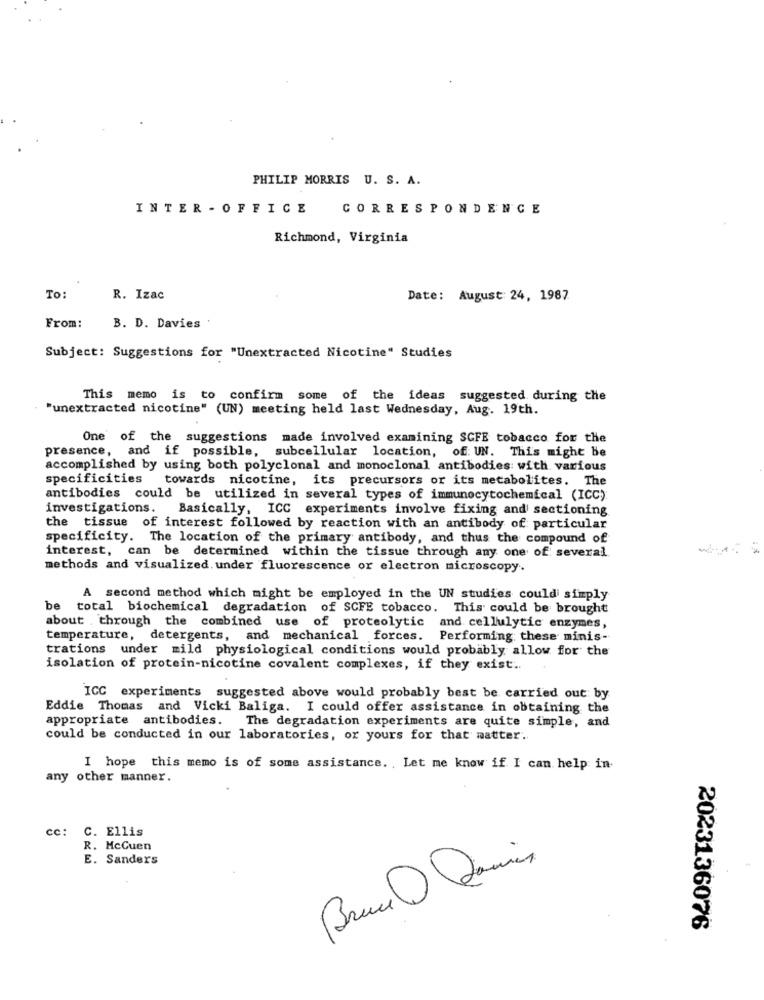
PHILIP MORRIS U. S. A.
INTER - OFFICE CORRESPONDENCE
Richmond, Virginia
To:
R. Izac
Date: August: 24, 1987
B. D. Davies '
From:
Subject: Suggestions for "Unextracted Nicotine" Studies
This memo is to confirm some of the ideas suggested during the
"unextracted nicotine" (UN) meeting held last Wednesday, Aug. 19th.
One of the suggestions made involved examining SCFE tobacco for the
presence, and if possible, subcellular location, of: UN. This might be
accomplished by using both polyclonal and monoclonal antibodies with various
specificities towards nicotine, its precursors or its metabolites. The
antibodies could be utilized in several types of immunocytochemical (ICC)
investigations.
Basically, ICC experiments involve fixing and sectioning
the tissue of interest followed by reaction with an antibody of particular
specificity. The location of the primary antibody, and thus the compound of
interest, can be determined within the tissue through any one of several
methods and visualized. under fluorescence or electron microscopy.
A second method which might be employed in the UN studies could simply
be total biochemical degradation of SCFE tobacco. This could be brought
about . through the combined use of proteolytic and cellulytic enzymes,
temperature, detergents, and mechanical forces. Performing these minis-
trations under mild physiological conditions would probably allow for the
isolation of protein-nicotine covalent complexes, if they exist ..
ICC experiments suggested above would probably best be carried out: by
Eddie Thomas and Vicki Baliga. I could offer assistance in obtaining the
appropriate antibodies. The degradation experiments are quite simple, and
could be conducted in our laboratories, or yours for that matter.
I hope this memo is of some assistance. , Let me know if I can help in.
any other manner.
cc: C. Ellis
R. McGuen
E. Sanders
2023136076